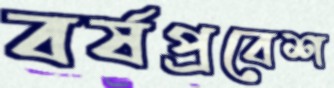
বর্ষপ্রবেশ